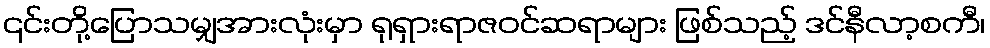
၎င်းတို့ပြောသမျှအားလုံးမှာ ရုရှားရာဇဝင်ဆရာများ ဖြစ်သည့် ဒင်နီလာ့စကီ၊